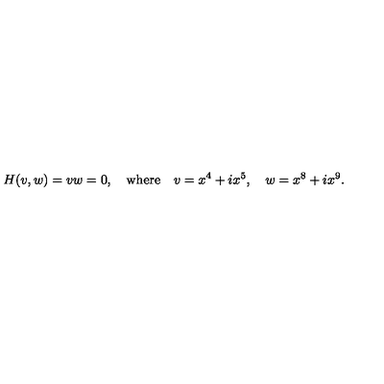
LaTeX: H ( v , w ) = v w = 0 , \quad \mathrm { w h e r e } \quad v = x ^ { 4 } + i x ^ { 5 } , \quad w = x ^ { 8 } + i x ^ { 9 } .